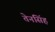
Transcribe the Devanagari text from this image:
तेनसिंह